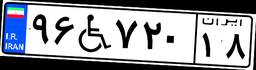
۹۶W۷۲۰۱۸